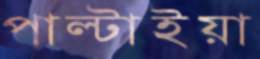
পাল্টাইয়া